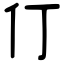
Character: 仃